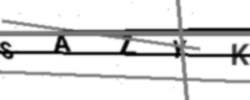
Text: SAZYK